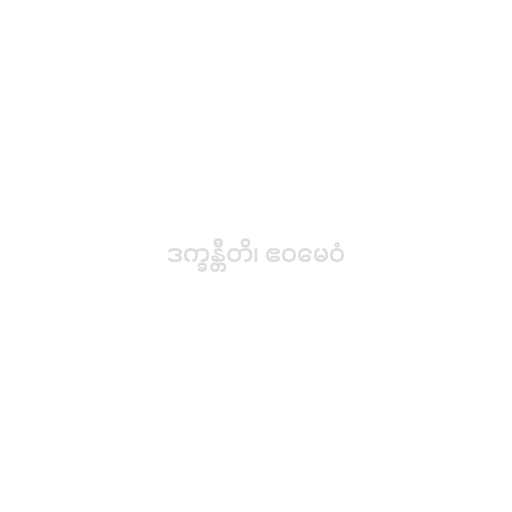
ဒက္ခန္တီတိ၊ ဧဝမေဝံ